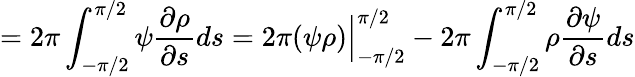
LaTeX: =2\pi\int_{-\pi/2}^{\pi/2}\psi\frac{\partial\rho}{\partial s}ds=2\pi(\psi\rho)\Big|_{-\pi/2}^{\pi/2}-2\pi\int_{-\pi/2}^{\pi/2}\rho\frac{\partial\psi}{\partial s}ds